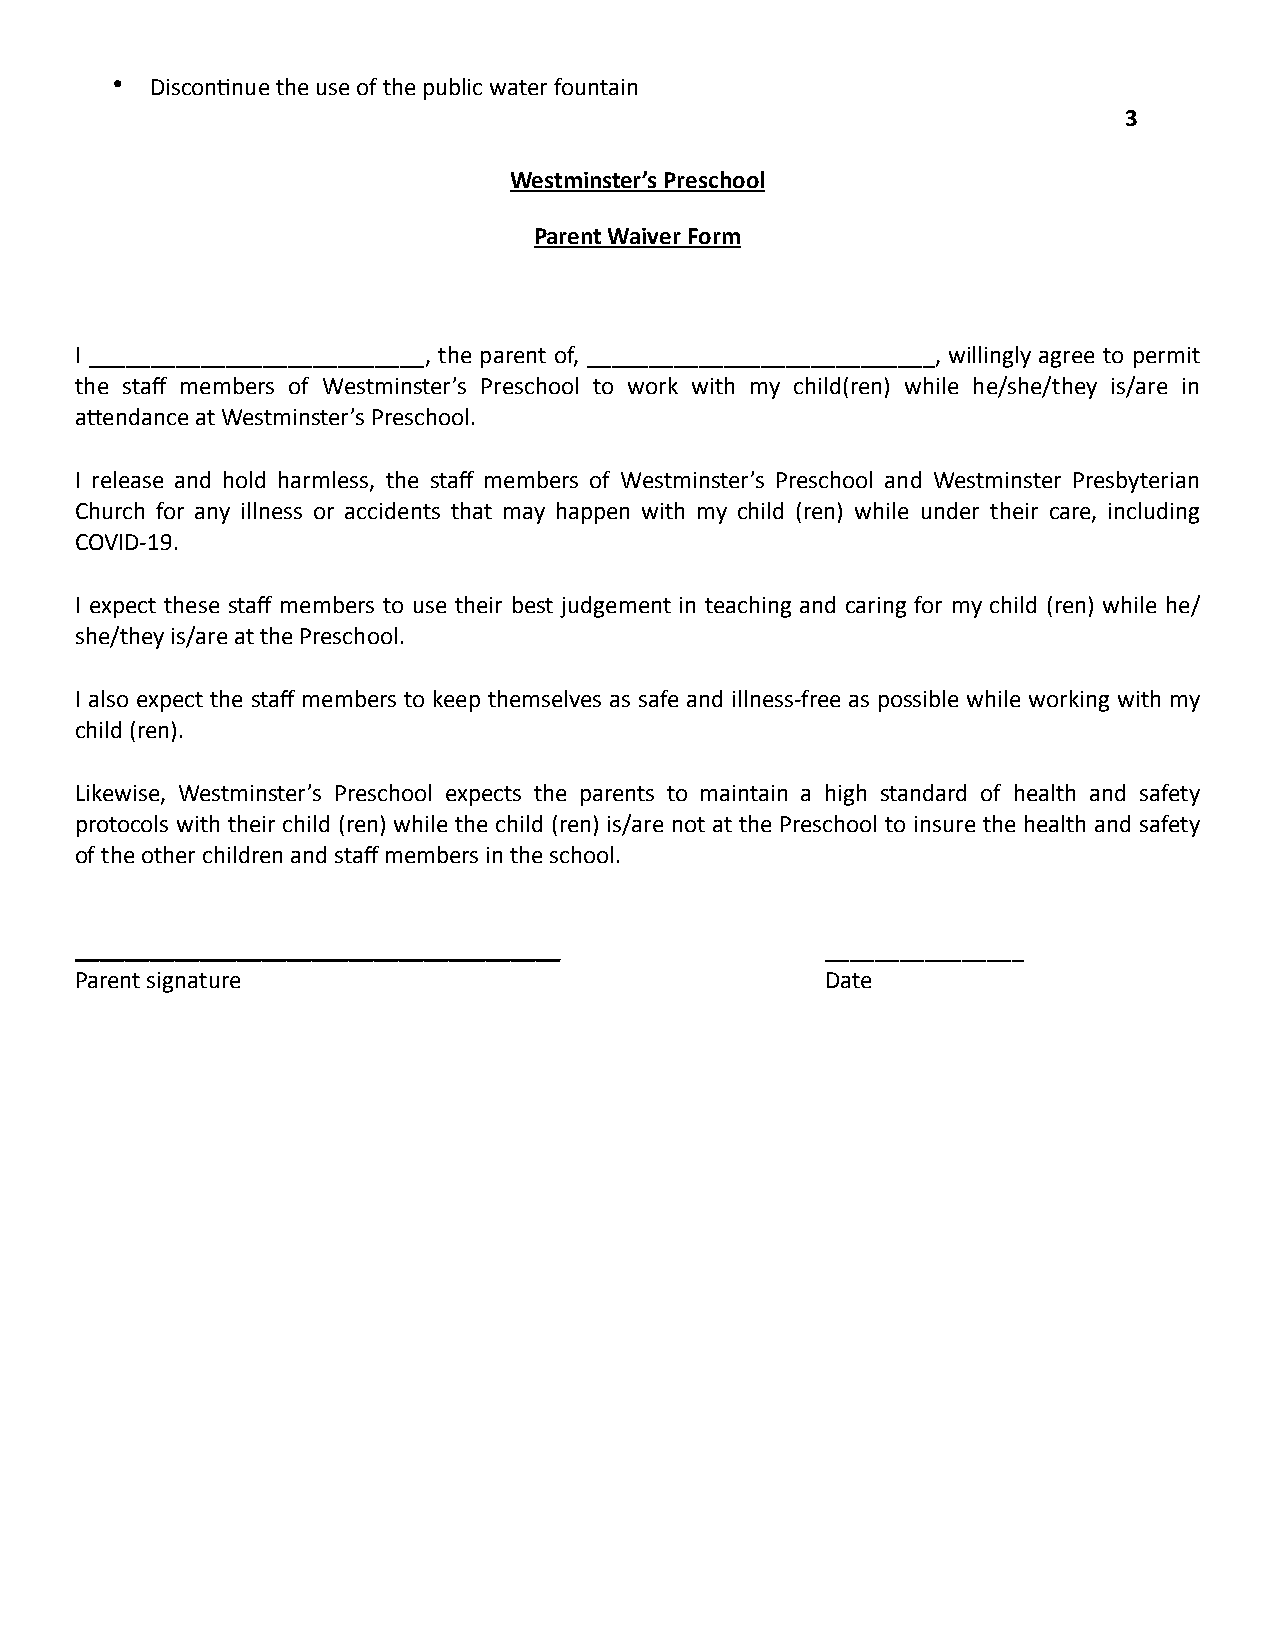
•  Discon?nue the use of the public water fountain
 3
 Westminster’s Preschool
 Parent Waiver Form
 I ___________________________, the parent of, ____________________________, willingly agree to permit
 the staff members of Westminster’s Preschool to work with my child(ren) while he/she/they is/are in
 aMendance at Westminster’s Preschool.
 I release and hold harmless, the staff members of Westminster’s Preschool and Westminster Presbyterian
 Church for any illness or accidents that may happen with my child (ren) while under their care, including
 COVID-19.
 I expect these staff members to use their best judgement in teaching and caring for my child (ren) while he/
 she/they is/are at the Preschool.
 I also expect the staff members to keep themselves as safe and illness-free as possible while working with my
 child (ren).
 Likewise, Westminster’s Preschool expects the parents to maintain a high standard of health and safety
 protocols with their child (ren) while the child (ren) is/are not at the Preschool to insure the health and safety
 of the other children and staff members in the school.
 _______________________________________           ________________
 Parent signature                                  Date